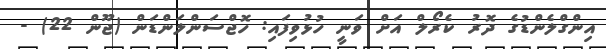
އިންގްލެންޑުގެ ދޮރު ކެރޯލް އަށް ވަނީ ހުޅުވިފައި: ހޮޖްސަންލަންޑަން (ޖޫން 22) -